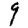
Digit: 9